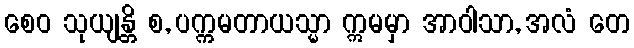
စေဝ သုယျန္တိ စ, ပက္ကမတာယသ္မာ ဣမမှာ အာဝါသာ, အလံ တေ